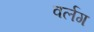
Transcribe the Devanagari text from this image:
वर्लग